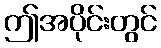
ဤအပိုင်းတွင်